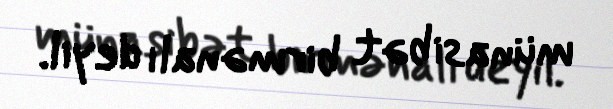
münasibət birmənalı deyil.